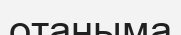
отаныма